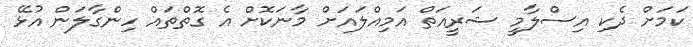
ކަމަށް ދެކި އިސްލާމީ ޝަރީއަތް އަމިއްލައަށް މާނަކޮށް އެ ގޮތްތައް ހިންގާލަން އުޅޭ